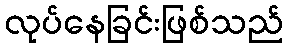
လုပ်နေခြင်းဖြစ်သည်